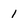
Character: 1